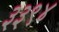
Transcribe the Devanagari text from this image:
३३९४